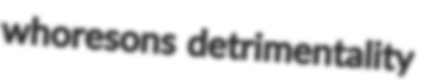
whoresons detrimentality